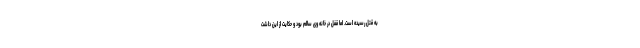
به قتل رسیده است. اما قفل در خانه وی سالم بود و حکایت از این داشت